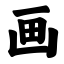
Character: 画